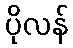
ပိုလန်